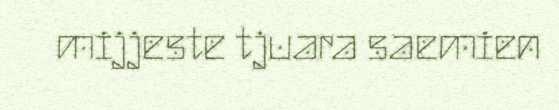
mijjeste tjuara saemien